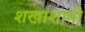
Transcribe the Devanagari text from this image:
शखाशायी